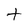
Character: t